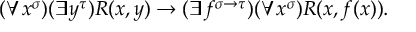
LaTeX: ( \forall x ^ { \sigma } ) ( \exists y ^ { \tau } ) R ( x , y ) \to ( \exists f ^ { \sigma \to \tau } ) ( \forall x ^ { \sigma } ) R ( x , f ( x ) ) .